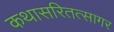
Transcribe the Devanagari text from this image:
कथासरितत्सागर